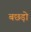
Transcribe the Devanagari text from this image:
बछड़ो